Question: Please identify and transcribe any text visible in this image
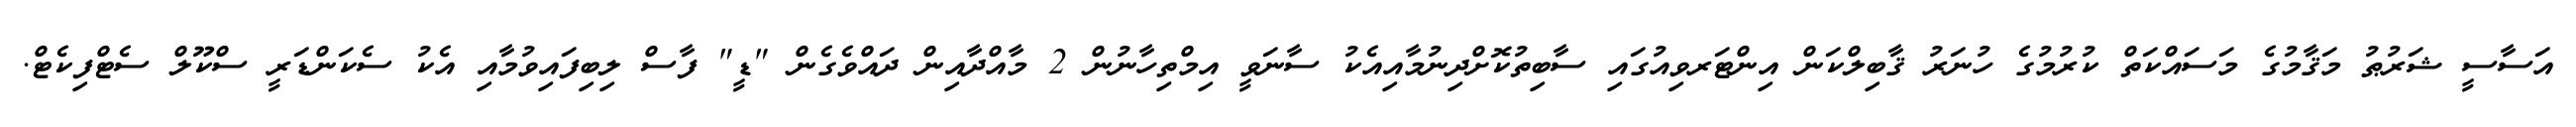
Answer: އަސާސީ ޝަރުޠު މަޤާމުގެ މަސައްކަތް ކުރުމުގެ ހުނަރު ޤާބިލްކަން އިންޓަރވިއުގައި ސާބިތުކޮށްދިނުމާއިއެކު ސާނަވީ އިމްތިހާނުން 2 މާއްދާއިން ދައްވެގެން "ޑީ" ފާސް ލިބިފައިވުމާއި އެކު ސެކަންޑަރީ ސްކޫލް ސެޓްފިކެޓް.